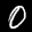
Label: 0